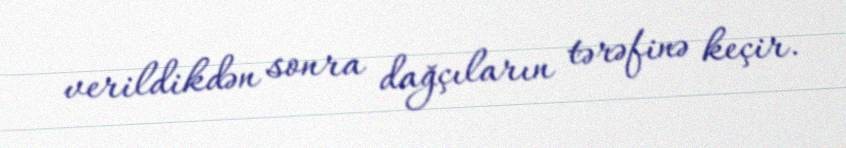
verildikdən sonra dağçıların tərəfinə keçir.